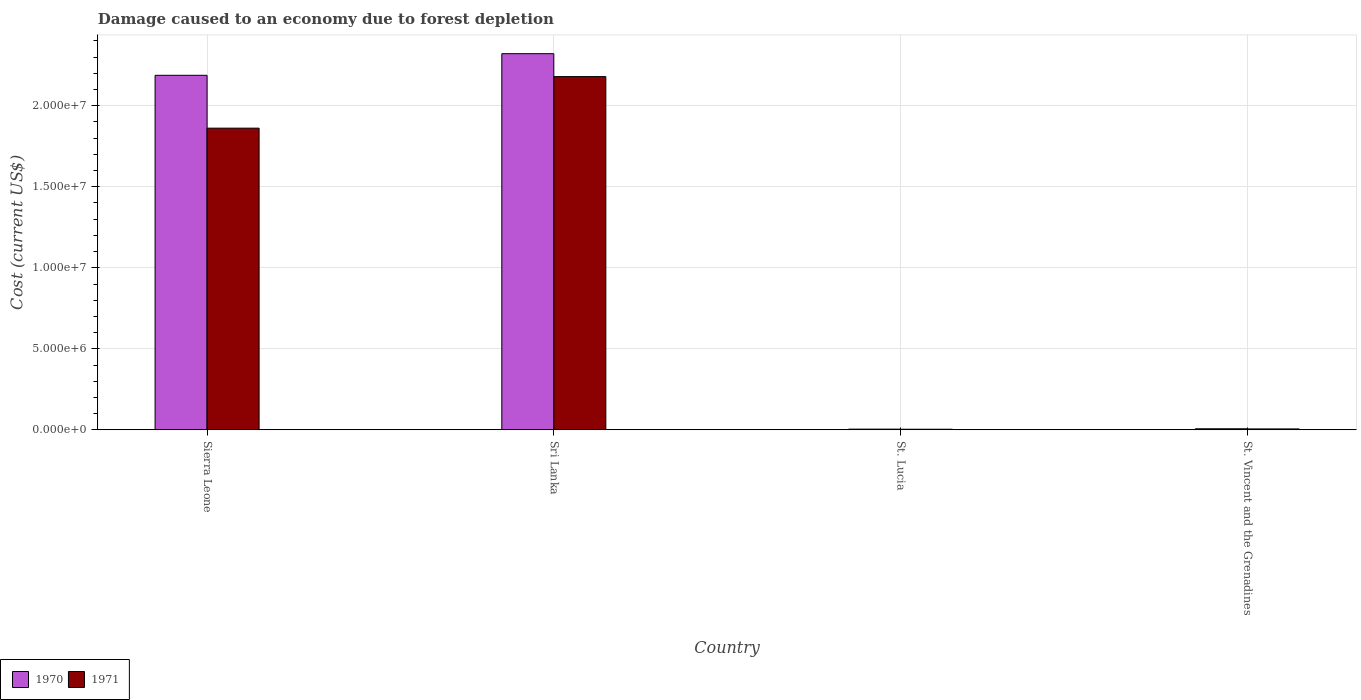
| Country | 1970 | 1971 |
 | --- | --- | --- |
 | Sierra Leone | 2.19e+07 | 1.86e+07 |
 | Sri Lanka | 2.32e+07 | 2.18e+07 |
 | St. Lucia | 4.11e+04 | 3.58e+04 |
 | St. Vincent and the Grenadines | 6.39e+04 | 5.42e+04 |